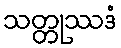
သတ္တုဿဒံ